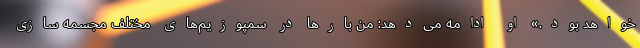
خواهد بود.» او ادامه می‌دهد: من بارها در سمپوزیم‌های مختلف مجسمه سازی